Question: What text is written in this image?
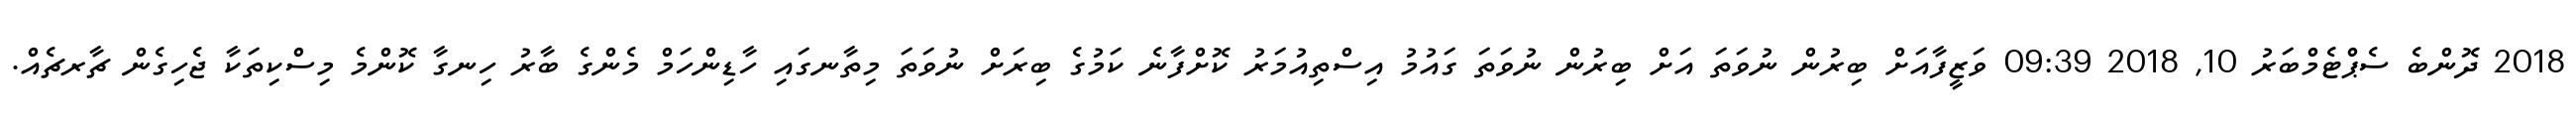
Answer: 2018 ދޮންބެ ސެޕްޓެމްބަރު 10, 2018 09:39 ވަޒީފާއަށް ބިރުން ނުވަތަ އަށް ބިރުން ނުވަތަ ގައުމު އިސްތިއުމަރު ކޮށްފާނެ ކަމުގެ ބިރަށް ނުވަތަ މިތާނގައި ހާޑިންހަމް މެންގެ ބާރު ހިނގާ ކޮންމެ މިސްކިތަކާ ޖެހިގެން ޗާރޗެއް.